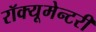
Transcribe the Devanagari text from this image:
रॉक्यूमेन्टरी